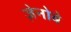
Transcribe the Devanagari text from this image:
ज़ेनोबे